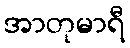
အာတုမာရီ